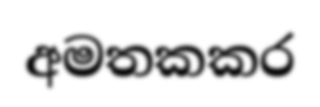
අමතකකර